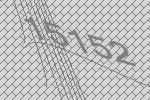
15152